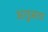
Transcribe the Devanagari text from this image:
अशुभता